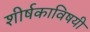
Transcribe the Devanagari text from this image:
शीर्षकाविषयी